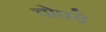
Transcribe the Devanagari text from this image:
चोपड़े